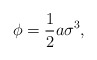
\begin{align*}\phi= \frac {1}{2}a \sigma^{3},\end{align*}